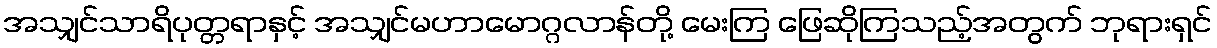
အသျှင်သာရိပုတ္တရာနှင့် အသျှင်မဟာမောဂ္ဂလာန်တို့ မေးကြ ဖြေဆိုကြသည့်အတွက် ဘုရားရှင်